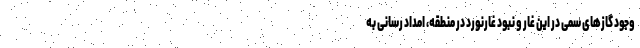
وجود گازهای سمی در این غار و نبود غارنورد در منطقه، امداد رسانی به